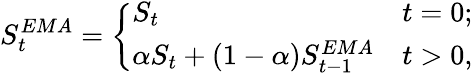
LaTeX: S_{t}^{EMA}=\left\{ \begin{array}{ll}{S_{t}}&{t=0;}\\ {\alpha S_{t}+(1-\alpha)S_{t-1}^{EMA}}&{t>0,}\end{array}\right.